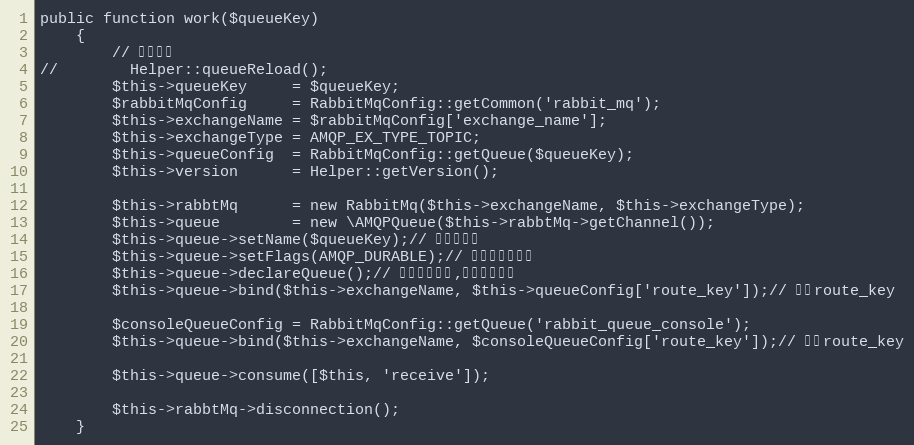
Language: PHP
public function work($queueKey)
    {
        // 重启队列
//        Helper::queueReload();
        $this->queueKey     = $queueKey;
        $rabbitMqConfig     = RabbitMqConfig::getCommon('rabbit_mq');
        $this->exchangeName = $rabbitMqConfig['exchange_name'];
        $this->exchangeType = AMQP_EX_TYPE_TOPIC;
        $this->queueConfig  = RabbitMqConfig::getQueue($queueKey);
        $this->version      = Helper::getVersion();

        $this->rabbtMq      = new RabbitMq($this->exchangeName, $this->exchangeType);
        $this->queue        = new \AMQPQueue($this->rabbtMq->getChannel());
        $this->queue->setName($queueKey);// 设置队列名
        $this->queue->setFlags(AMQP_DURABLE);// 设置队列持久化
        $this->queue->declareQueue();// 队列存在创建,否者就不创建
        $this->queue->bind($this->exchangeName, $this->queueConfig['route_key']);// 绑定route_key

        $consoleQueueConfig = RabbitMqConfig::getQueue('rabbit_queue_console');
        $this->queue->bind($this->exchangeName, $consoleQueueConfig['route_key']);// 绑定route_key

        $this->queue->consume([$this, 'receive']);

        $this->rabbtMq->disconnection();
    }